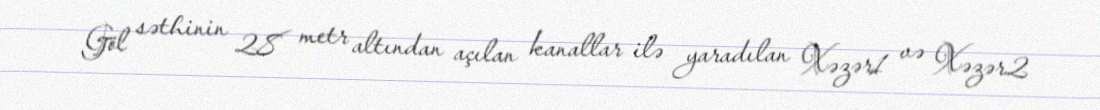
Göl səthinin 28 metr altından açılan kanallar ilə yaradılan Xəzər1 və Xəzər2